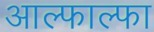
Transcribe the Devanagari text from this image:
आल्फाल्फा